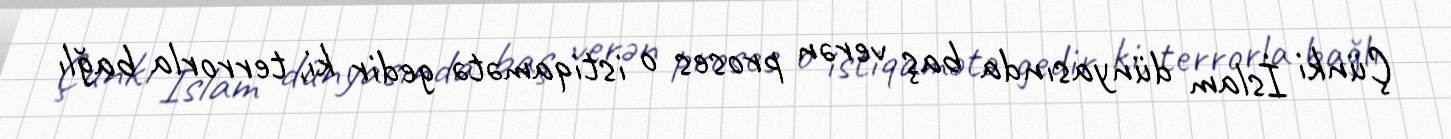
Çünki İslam dünyasında baş verən proses o istiqamətə gedir ki, terrorla bağlı